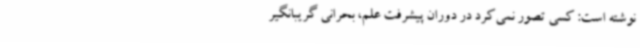
نوشته است: کسی تصور نمی‌کرد در دوران پیشرفت علم، بحرانی گریبانگیر